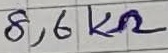
Text: 8,6KΩ